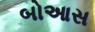
બોઆસ